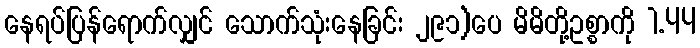
နေရပ်ပြန်ရောက်လျှင် သောက်သုံးနေခြင်း ၂၉၁)ပေ မိမိတို့ဥစ္စာကို 1.44